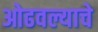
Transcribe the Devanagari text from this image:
ओढवल्याचे